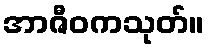
အာဇီဝကသုတ်။